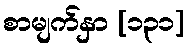
စာမျက်နှာ [၁၃၁]